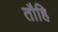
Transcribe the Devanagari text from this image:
तौहि